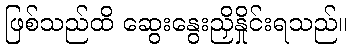
ဖြစ်သည်ထိ ဆွေးနွေးညှိနှိုင်းရသည်။